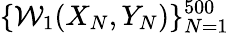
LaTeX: \{ \mathcal{W}_{1}(X_{N},Y_{N})\} _{N=1}^{500}